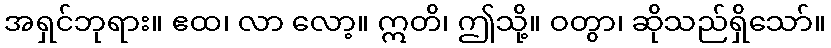
အရှင်ဘုရား။ ဧထ၊ လာ လော့။ ဣတိ၊ ဤသို့။ ဝတွာ၊ ဆိုသည်ရှိသော်။